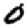
Digit: 0